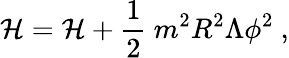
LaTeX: \mathcal{H}={\cal\mathcal{H}}+\frac{{1}}{{2}}\ m^{2}R^{2}\Lambda\phi^{2}\ ,